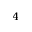
^ 4